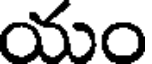
యం